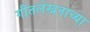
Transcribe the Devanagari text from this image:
गीतलेखनाच्या